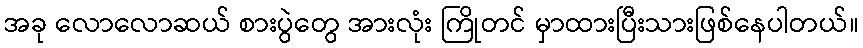
အခု လောလောဆယ် စားပွဲတွေ အားလုံး ကြိုတင် မှာထားပြီးသားဖြစ်နေပါတယ်။